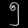
Digit: ၅